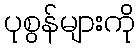
ပုစွန်များကို